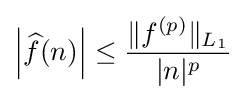
\left|{\widehat {f}}(n)\right|\leq {\|f^{(p)}\|_{L_{1}} \over |n|^{p}}